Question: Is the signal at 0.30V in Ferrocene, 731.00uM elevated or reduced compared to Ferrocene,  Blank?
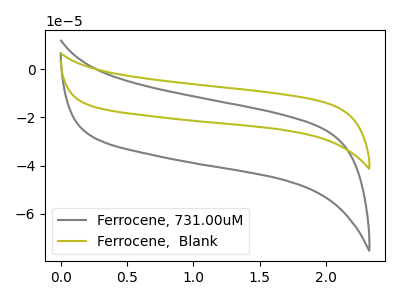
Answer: <think>The gray curve "Ferrocene, 731.00uM" has no peaks. The olive curve "Ferrocene,  Blank" has no peaks.</think>
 <answer>"Ferrocene, 731.00uM" and "Ferrocene,  Blank" dont share a peak at 0.30V.</answer>
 <eval>mismatch</eval>